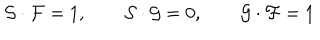
LaTeX: { \cal { S } } \cdot { \cal { F } } = 1 , \qquad { \cal { S } } \cdot { \cal { G } } = 0 , \qquad { \cal { G } } \cdot { \cal { F } } = 1